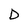
Character: D